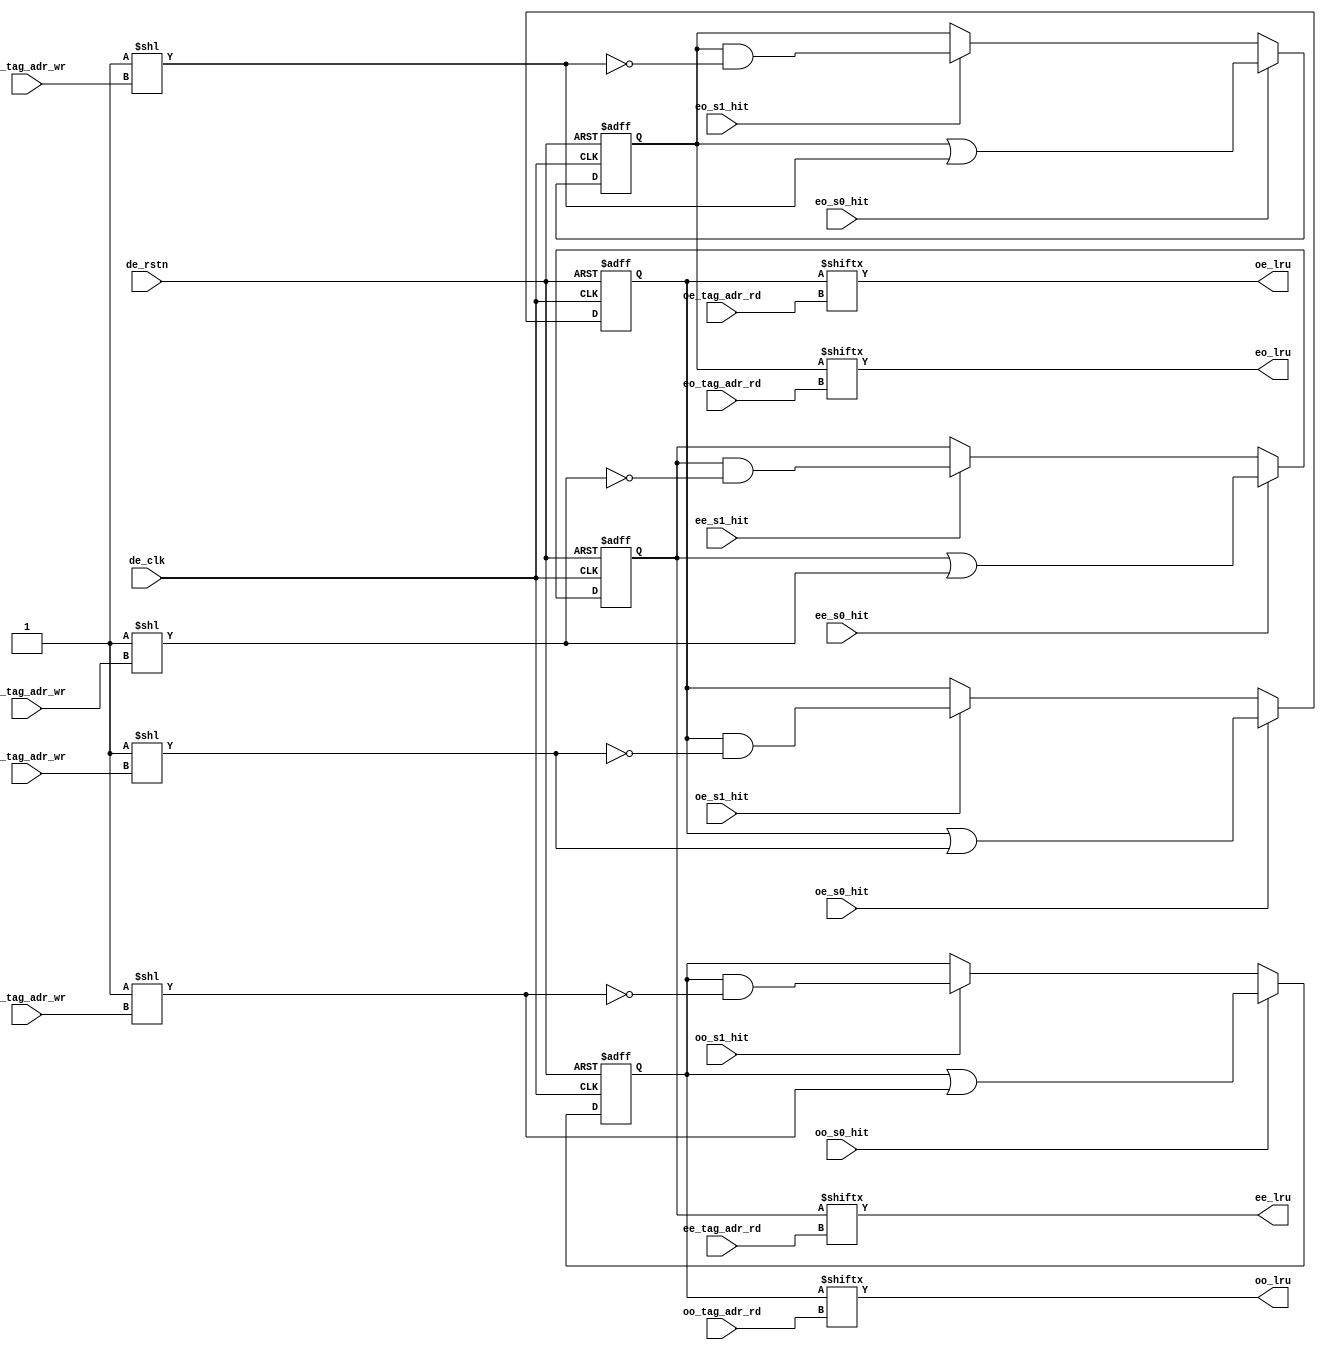
module de3d_tc_tag_set
	(
	input		de_clk,		
	input		de_rstn,	
	input		ee_s0_hit,	
	input		ee_s1_hit,	
	input		eo_s0_hit,	
	input		eo_s1_hit,	
	input		oe_s0_hit,	
	input		oe_s1_hit,	
	input		oo_s0_hit,	
	input		oo_s1_hit,	
	input	[4:0]	ee_tag_adr_wr,	
	input	[4:0]	eo_tag_adr_wr,	
	input	[4:0]	oe_tag_adr_wr,	
	input	[4:0]	oo_tag_adr_wr,	
	input	[4:0]	ee_tag_adr_rd,	
	input	[4:0]	eo_tag_adr_rd,	
	input	[4:0]	oe_tag_adr_rd,	
	input	[4:0]	oo_tag_adr_rd,	
	output		ee_lru,		
	output		eo_lru,		
	output		oe_lru,		
	output		oo_lru		
	);
reg	[31:0]	ee_set_reg;	
reg	[31:0]	eo_set_reg;	
reg	[31:0]	oe_set_reg;	
reg	[31:0]	oo_set_reg;	
assign ee_lru = ee_set_reg[ee_tag_adr_rd];
assign eo_lru = eo_set_reg[eo_tag_adr_rd];
assign oe_lru = oe_set_reg[oe_tag_adr_rd];
assign oo_lru = oo_set_reg[oo_tag_adr_rd];
wire	[31:0]	sel_ee;
wire	[31:0]	sel_eo;
wire	[31:0]	sel_oe;
wire	[31:0]	sel_oo;
assign sel_ee = 32'b1 << (ee_tag_adr_wr);
assign sel_eo = 32'b1 << (eo_tag_adr_wr);
assign sel_oe = 32'b1 << (oe_tag_adr_wr);
assign sel_oo = 32'b1 << (oo_tag_adr_wr);
always @(posedge de_clk or negedge de_rstn)
	begin
		if(!de_rstn)ee_set_reg <= 0;
		else if(ee_s0_hit)ee_set_reg <= ee_set_reg | sel_ee;
		else if(ee_s1_hit)ee_set_reg <= ee_set_reg & ~sel_ee;
	end
always @(posedge de_clk or negedge de_rstn)
	begin
		if(!de_rstn)eo_set_reg <= 0;
		else if(eo_s0_hit)eo_set_reg <= eo_set_reg | sel_eo;
		else if(eo_s1_hit)eo_set_reg <= eo_set_reg & ~sel_eo;
	end
always @(posedge de_clk or negedge de_rstn)
	begin
		if(!de_rstn)oe_set_reg <= 0;
		else if(oe_s0_hit)oe_set_reg <= oe_set_reg | sel_oe;
		else if(oe_s1_hit)oe_set_reg <= oe_set_reg & ~sel_oe;
	end
always @(posedge de_clk or negedge de_rstn)
	begin
		if(!de_rstn)oo_set_reg <= 0;
		else if(oo_s0_hit)oo_set_reg <= oo_set_reg | sel_oo;
		else if(oo_s1_hit)oo_set_reg <= oo_set_reg & ~sel_oo;
	end
endmodule